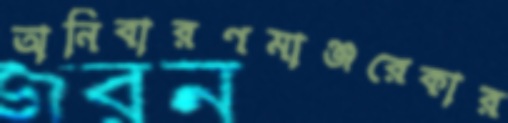
অনিবারণমাঞ্জরেকার